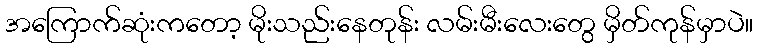
အကြောက်ဆုံးကတော့ မိုးသည်းနေတုန်း လမ်းမီးလေးတွေ မှိတ်ကုန်မှာပဲ။